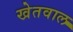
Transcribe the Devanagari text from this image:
खेतवाल